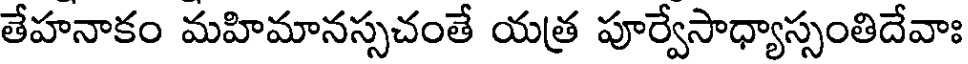
తేహనాకం మహిమానస్సచంతే యత్ర పూర్వేసాధ్యాస్సంతిదేవాః